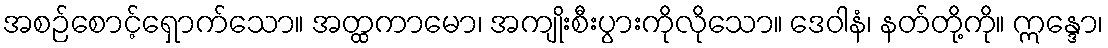
အစဉ်စောင့်ရှောက်သော။ အတ္ထကာမော၊ အကျိုးစီးပွားကိုလိုသော။ ဒေဝါနံ၊ နတ်တို့ကို။ ဣန္ဒော၊